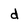
Character: d